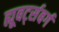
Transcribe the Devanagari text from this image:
ह्यूबर्ट्सबर्ग